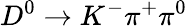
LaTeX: D^{0}\to K^{-}\pi^{+}\pi^{0}